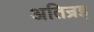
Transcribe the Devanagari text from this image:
अतिन्रइ